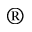
^ \mathrm { \textregistered }